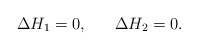
\begin{align*}\Delta H_{1}=0,~~~~~\Delta H_{2}=0. \end{align*}